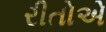
રીતોએ